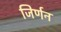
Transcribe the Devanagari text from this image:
जिर्णन